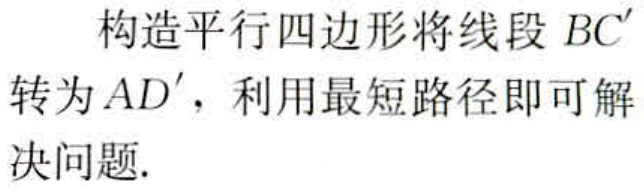
构造平行四边形将线段 \(BC'\) 转为 \(AD'\)，利用最短路径即可解决问题.